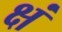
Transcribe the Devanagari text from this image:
क्षं